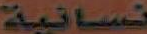
نسائية